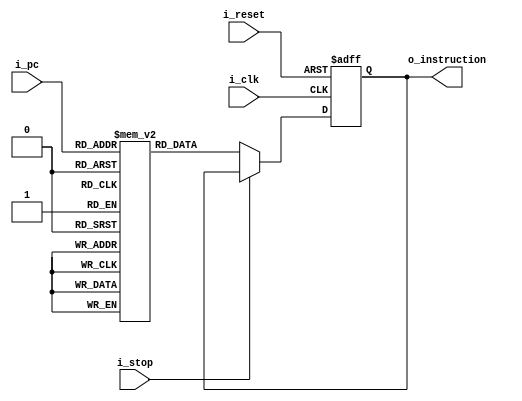
module InstMem(
    input i_clk,
    input i_reset,
    input i_stop,
    input [11:0] i_pc,
    output [15:0] o_instruction
); //instruction memory(fetch)

    reg [15:0] r_instruction;
    reg [15:0] mem[4095:0];

    always @(posedge i_clk or negedge i_reset) begin
        if(~i_reset)
            r_instruction <= 16'h0;
        else if(~i_stop)
            r_instruction <= mem[i_pc];
    end
    
    //initial instruction set
    initial begin
        mem[0] = 16'b0001_0100_0011_1000; //ADD reg[4] + reg[3]; register[8]
        mem[1] = 16'b0010_1000_0010_1111; //SUB reg[8] - reg[2]; register[15]
        mem[2] = 16'b0001_0001_0010_0001; //1+2 to reg[1]
        mem[3] = 16'b0001_0010_0100_0010; //2+4 to reg[2]
    end

    assign o_instruction = r_instruction;


endmodule